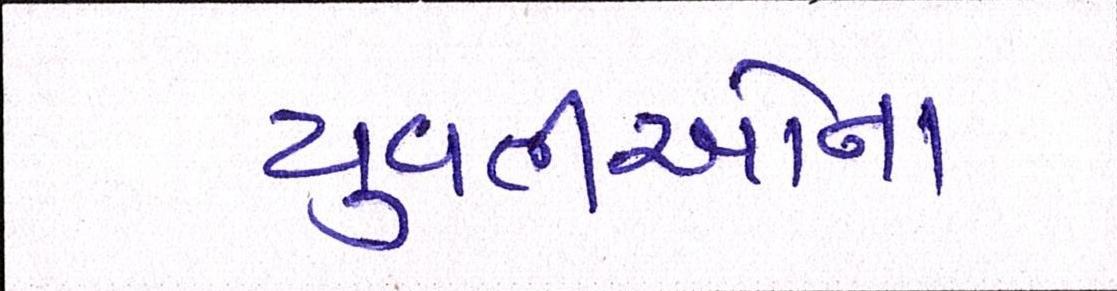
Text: યુવતીઓના